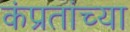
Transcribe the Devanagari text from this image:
कंप्रतांच्या